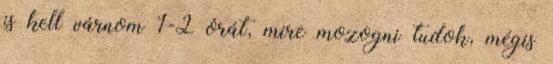
is kell várnom 1-2 órát, mire mozogni tudok, mégis